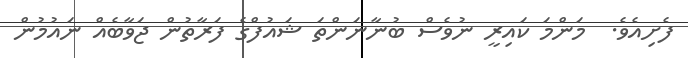
ފެށިއެވެ.  މަންމަ ކައިރީ ނުވެސް ބުނާނަންތަ ޝައުފްގެ ފަރާތުން ޖަވާބެއް ނައުމުން